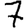
Digit: 7